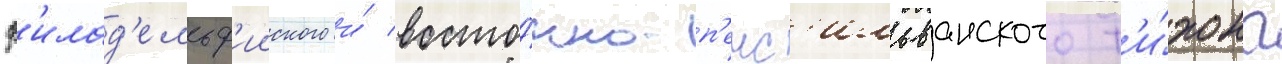
ф'илад'ельф'ииского и́ восто́чно-п'енс'ильванского т'и́хона